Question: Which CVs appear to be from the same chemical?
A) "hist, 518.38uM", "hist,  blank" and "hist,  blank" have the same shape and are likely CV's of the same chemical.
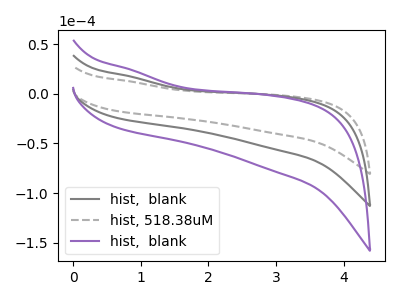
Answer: <think>The gray curve "hist,  blank" has no peaks. The gray dashed curve "hist, 518.38uM" has no peaks. The purple curve "hist,  blank" has no peaks.
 Neither "hist,  blank" or "hist, 518.38uM" have any peaks. Neither "hist,  blank" or "hist,  blank" have any peaks. Neither "hist, 518.38uM" or "hist,  blank" have any peaks.</think>
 <answer>A) "hist, 518.38uM", "hist,  blank" and "hist,  blank" have the same shape and are likely CV's of the same chemical.</answer>
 <eval>A</eval>